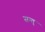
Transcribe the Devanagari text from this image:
सन्त्